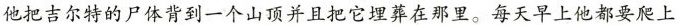
他把吉尔特的尸体背到一个山顶并且把它埋葬在那里。每天早上他都要爬上